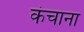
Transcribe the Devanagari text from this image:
कंचाना